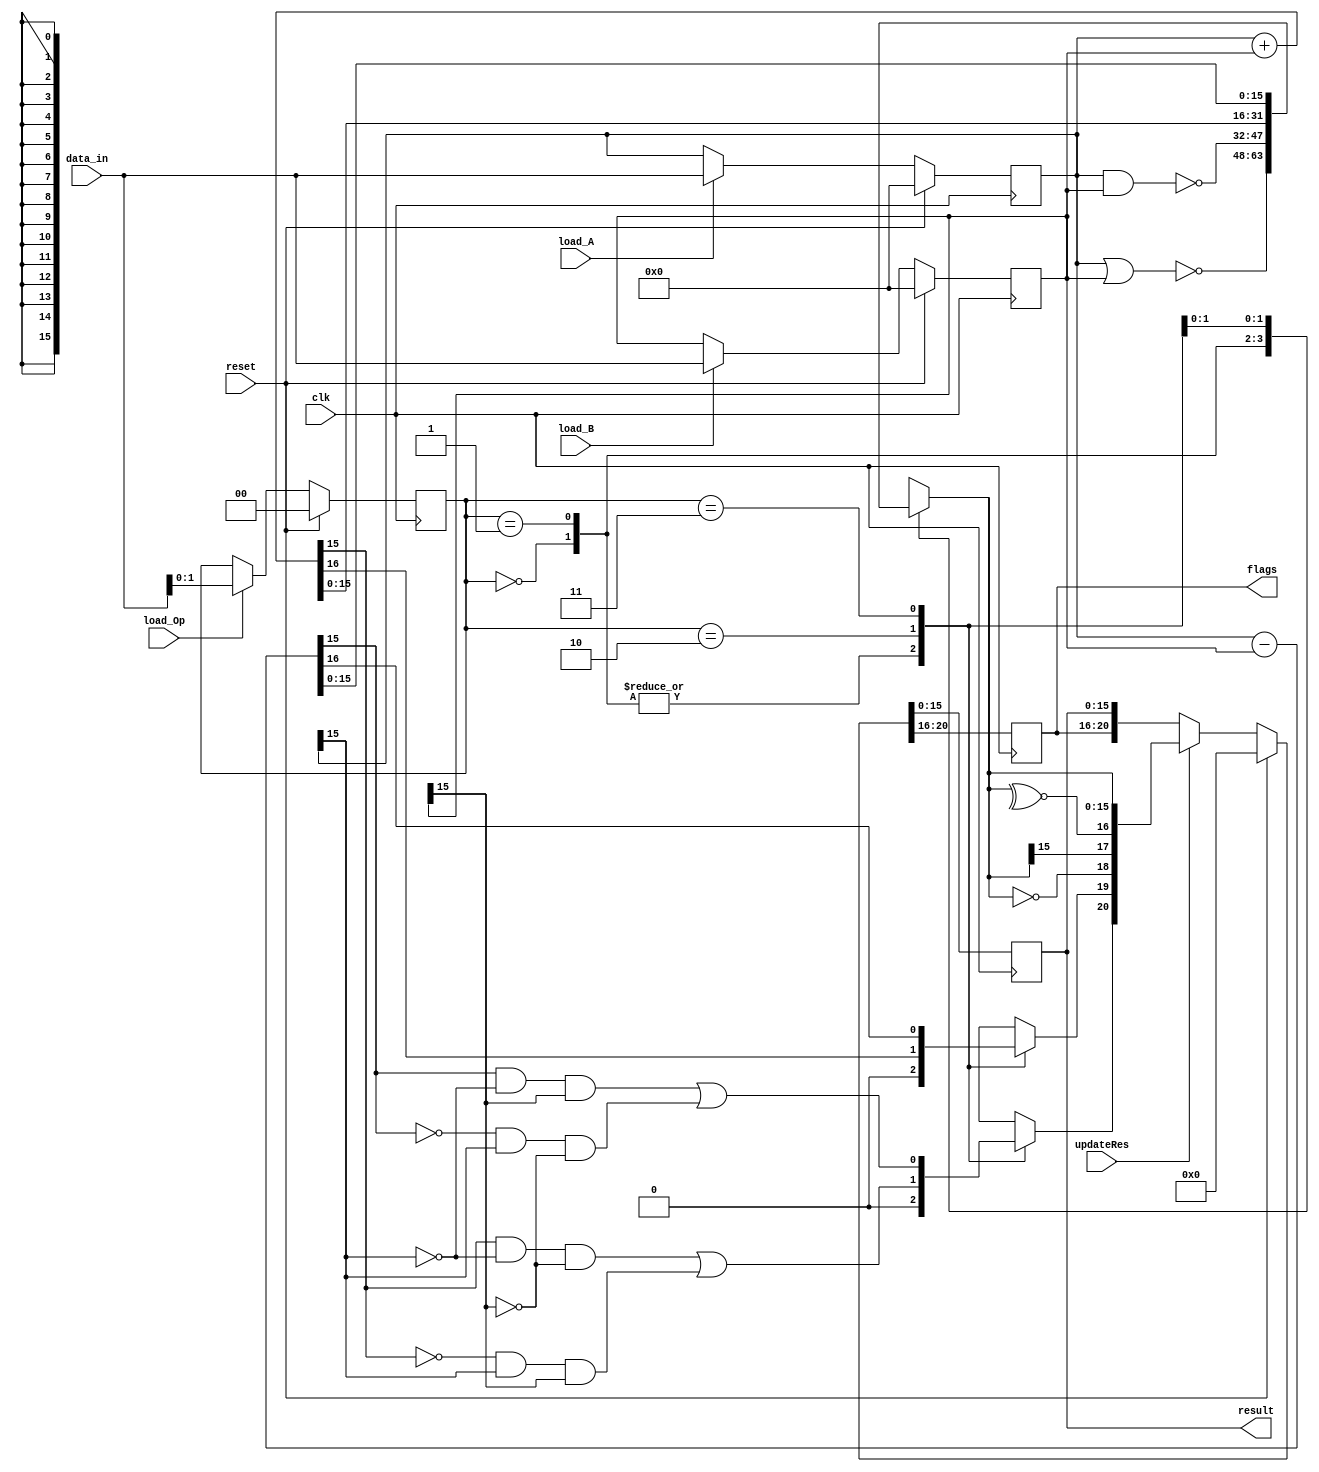
module ALU_reg_ref#(
    parameter N = 16
) (

    input wire clk, reset, load_A, load_B, load_Op, updateRes,
    input wire [N-1 : 0] data_in,
    
    output reg [N-1:0] result,
    output reg [4:0] flags
);

    reg [N-1:0] A, B, Result_next;//, Result;
    reg [4:0] Status_next, Status;
    reg [1:0] OpCode;
    
    //assign display = Result;
    
    always @(posedge clk) begin 
        {A, B, OpCode, flags, result} <= {A, B, OpCode, flags, result};
        
        if(reset)
            {A, B, OpCode, flags, result} <= 'd0;
        else begin
            if(updateRes)
                {flags, result} <= {Status_next, Result_next}; 
            if(load_A)
                A <= data_in;
            if(load_B)
                B <= data_in;
            if(load_Op)
                OpCode <= data_in[1:0];
       end     
    end
    

    reg Neg, Z, C, V, P;
    
    always @(*) begin
		case(OpCode)
			2'd0: begin
                // NOR
				Result_next = ~(A | B);
				C = 1'b0;
				V = 1'b0;
			end

			2'd1: begin
                // NAND
				Result_next = ~(A & B);
				C = 1'b0;
				V = 1'b0;
			end

			2'd2: begin
                // SUMA
                {C, Result_next} = A + B;
				V = (Result_next[N-1] & ~A[N-1] & ~B[N-1]) | (~Result_next[N-1] & A[N-1] & B[N-1]);
			end

			2'd3: begin
                // RESTA
                {C, Result_next} = A - B;
				V = (Result_next[N-1] & ~A[N-1] & B[N-1]) | (~Result_next[N-1] & A[N-1] & ~B[N-1]);	
			end
		endcase

		Neg = Result_next[N-1];
		Z = (Result_next == '0);
        P = ~^Result_next;

		Status_next = {V, C, Z, Neg, P};
	end

endmodule